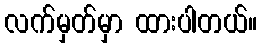
လက်မှတ်မှာ ထားပါတယ်။